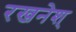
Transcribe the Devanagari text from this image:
रखनेश्